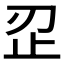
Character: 𰙜